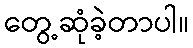
တွေ့ဆုံခဲ့တာပါ။